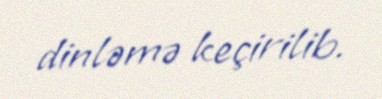
dinləmə keçirilib.